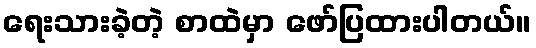
ရေးသားခဲ့တဲ့ စာထဲမှာ ဖော်ပြထားပါတယ်။